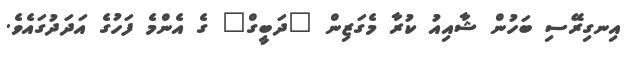
އިނގިރޭސި ބަހުން ޝާއިއު ކުރާ މެގަޒިން "ދަބީގް" ގެ އެންމެ ފަހުގެ އަދަދުގައެވެ.